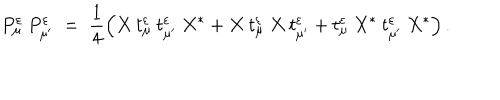
LaTeX: P _ { \mu } ^ { \varepsilon } \: P _ { \mu ^ { \prime } } ^ { \varepsilon } \; = \; \frac { 1 } { 4 } \left( X \: t _ { \mu } ^ { \varepsilon } \: t _ { \mu ^ { \prime } } ^ { \varepsilon } \: X ^ { * } + X \: t _ { \mu } ^ { \varepsilon } \: X \: t _ { \mu ^ { \prime } } ^ { \varepsilon } + t _ { \mu } ^ { \varepsilon } \: X ^ { * } \: t _ { \mu ^ { \prime } } ^ { \varepsilon } \: X ^ { * } \right) .